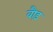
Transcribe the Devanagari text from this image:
वौड़